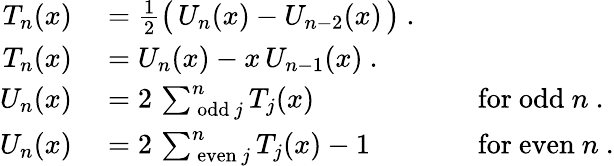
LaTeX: \begin{array}{rlrl}{T_{n}(x)}&{{}={\frac{1}{2}}{\big(}\, U_{n}(x)-U_{n-2}(x)\, {\big)}~.}&{}&{{}}\\ {T_{n}(x)}&{{}=U_{n}(x)-x\, U_{n-1}(x)~.}&{}&{{}}\\ {U_{n}(x)}&{{}=2\, \sum_{{\mathrm{~odd~}}j}^{n}T_{j}(x)}&{}&{{}{\mathrm{~for~odd~}}n~.}\\ {U_{n}(x)}&{{}=2\, \sum_{{\mathrm{~even~}}j}^{n}T_{j}(x)-1}&{}&{{}{\mathrm{~for~even~}}n~.}\end{array}